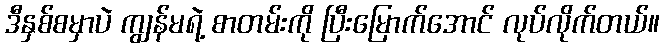
ဒီနှစ်စမှာပဲ ကျွန်မရဲ့ စာတမ်းကို ပြီးမြောက်အောင် လုပ်လိုက်တယ်။